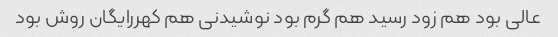
عالی بود هم زود رسید هم گرم بود نوشیدنی هم کهررایگان روش بود